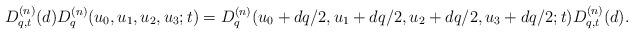
LaTeX: \begin{gather*} D^{(n)}_{q,t}(d) D^{(n)}_q(u_0,u_1,u_2,u_3;t) = D^{(n)}_q(u_0+dq/2,u_1+dq/2,u_2+dq/2,u_3+dq/2;t) D^{(n)}_{q,t}(d). \end{gather*}